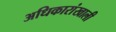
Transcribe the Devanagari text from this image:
अधिकारांखाली